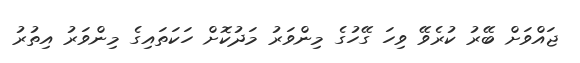
ޖައްވަށް ބޭރު ކުރެވޭ ވިހަ ގޭހުގެ މިންވަރު މަދުކޮށް ހަކަތައިގެ މިންވަރު އިތުރު